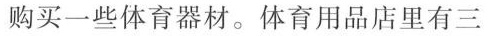
购买一些体育器材。体育用品店里有三